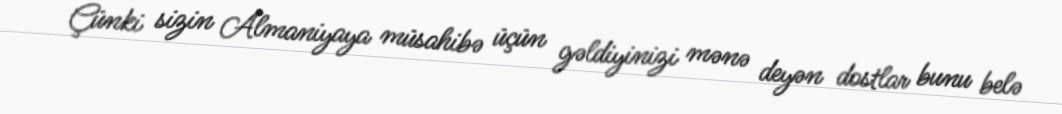
Çünki sizin Almaniyaya müsahibə üçün gəldiyinizi mənə deyən dostlar bunu belə